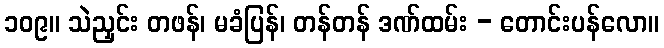
၁၀၉။ သဲညှင်း တဖန်၊ မခံပြန်၊ တန်တန် ဒဏ်ထမ်း - တောင်းပန်လော။